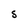
Character: S